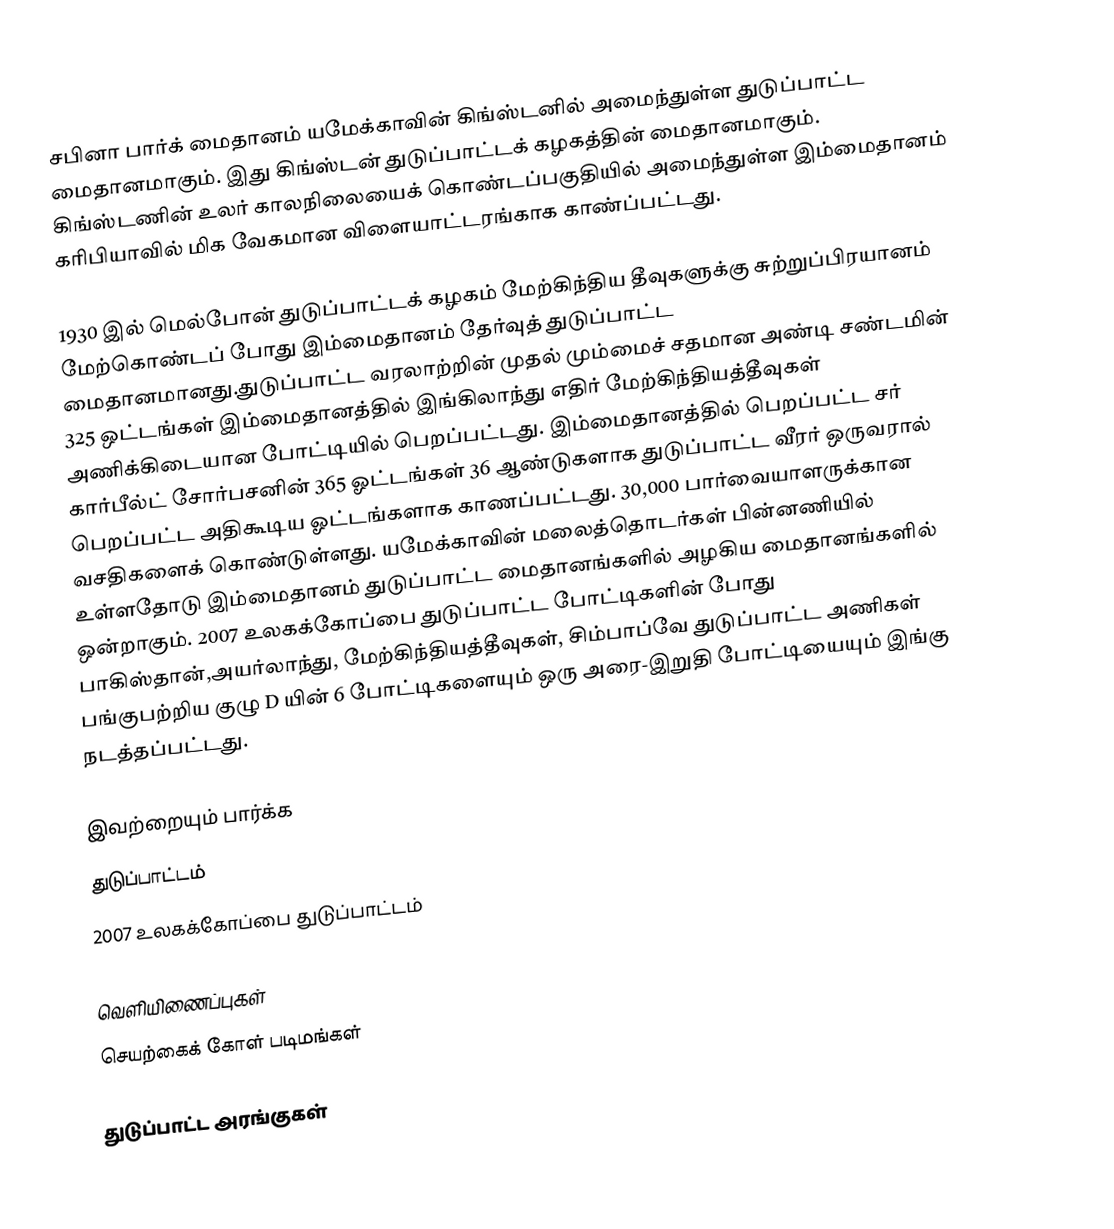
சபினா பார்க் மைதானம் யமேக்காவின் கிங்ஸ்டனில் அமைந்துள்ள துடுப்பாட்ட மைதானமாகும். இது கிங்ஸ்டன் துடுப்பாட்டக் கழகத்தின் மைதானமாகும். கிங்ஸ்டணின் உலர் காலநிலையைக் கொண்டப்பகுதியில் அமைந்துள்ள இம்மைதானம் கரிபியாவில் மிக வேகமான விளையாட்டரங்காக காண்ப்பட்டது.

1930 இல் மெல்போன் துடுப்பாட்டக் கழகம் மேற்கிந்திய தீவுகளுக்கு சுற்றுப்பிரயானம் மேற்கொண்டப் போது இம்மைதானம் தேர்வுத் துடுப்பாட்ட மைதானமானது.துடுப்பாட்ட வரலாற்றின் முதல் மும்மைச் சதமான அண்டி சண்டமின் 325 ஒட்டங்கள் இம்மைதானத்தில் இங்கிலாந்து எதிர் மேற்கிந்தியத்தீவுகள் அணிக்கிடையான போட்டியில் பெறப்பட்டது. இம்மைதானத்தில் பெறப்பட்ட சர் கார்பீல்ட் சோர்பசனின் 365 ஓட்டங்கள் 36 ஆண்டுகளாக துடுப்பாட்ட வீரர் ஒருவரால் பெறப்பட்ட  அதிகூடிய ஓட்டங்களாக காணப்பட்டது. 30,000 பார்வையாளருக்கான வசதிகளைக் கொண்டுள்ளது. யமேக்காவின் மலைத்தொடர்கள் பின்னணியில் உள்ளதோடு இம்மைதானம் துடுப்பாட்ட மைதானங்களில் அழகிய மைதானங்களில் ஒன்றாகும். 2007 உலகக்கோப்பை துடுப்பாட்ட போட்டிகளின் போது பாகிஸ்தான்,அயர்லாந்து, மேற்கிந்தியத்தீவுகள், சிம்பாப்வே துடுப்பாட்ட அணிகள் பங்குபற்றிய குழு D யின் 6 போட்டிகளையும் ஒரு அரை-இறுதி போட்டியையும் இங்கு நடத்தப்பட்டது.

இவற்றையும் பார்க்க
துடுப்பாட்டம்
2007 உலகக்கோப்பை துடுப்பாட்டம்

வெளியிணைப்புகள்
 செயற்கைக் கோள் படிமங்கள்

துடுப்பாட்ட அரங்குகள்